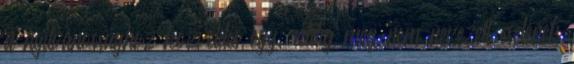
a nyilvánossághoz közvetítés egy, eddig meg nem nevezett esetének